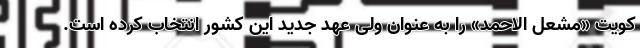
کویت «مشعل الاحمد» را به عنوان ولی عهد جدید این کشور انتخاب کرده است.